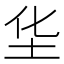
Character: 𱖋